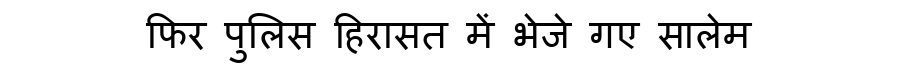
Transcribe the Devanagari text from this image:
फिर पुलिस हिरासत में भेजे गए सालेम